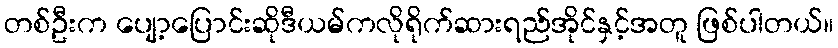
တစ်ဦးက ပျော့ပြောင်းဆိုဒီယမ်ကလိုရိုက်ဆားရည်အိုင်နှင့်အတူ ဖြစ်ပါတယ်။